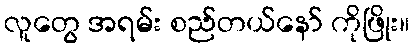
လူတွေ အရမ်း စည်တယ်နော် ကိုဖြိုး။